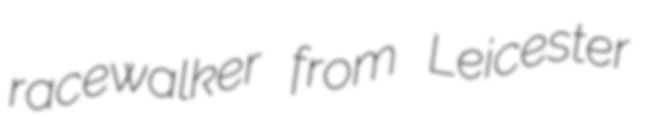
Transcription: racewalker from Leicester